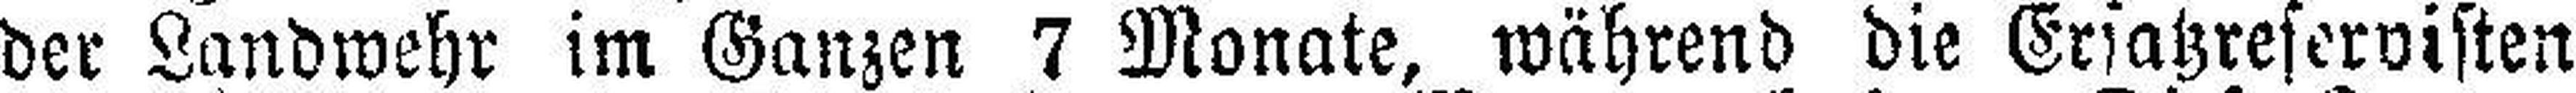
der Landwehr im Ganzen 7 Monate, während die Ersatzreservisten